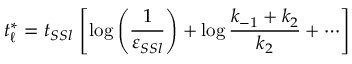
t _ { \ell } ^ { * } = t _ { S S l } \, \left[ \log \left( \frac { 1 } { \varepsilon _ { S S l } } \right) + \log \frac { k _ { - 1 } + k _ { 2 } } { k _ { 2 } } + \cdots \right]